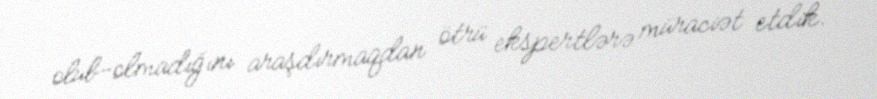
olub-olmadığını araşdırmaqdan ötrü ekspertlərə müraciət etdik.